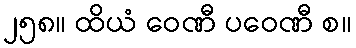
၂၅၈။ ထိယံ ဝေဏီ ပဝေဏီ စ။